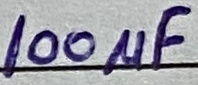
Text: 100µF